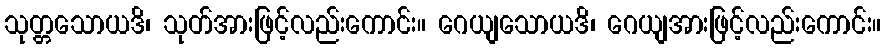
သုတ္တသောယဒိ၊ သုတ်အားဖြင့်လည်းကောင်း။ ဂေယျသောယဒိ၊ ဂေယျအားဖြင့်လည်းကောင်း။